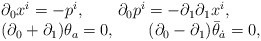
\begin{align*}\begin{array}{l} \partial_0x^i=-p^i, \qquad\partial_0p^i=-\partial_1\partial_1x^i,\\(\partial_0+\partial_1)\theta_a=0, \qquad(\partial_0-\partial_1)\bar\theta_{\dot a}=0,\end{array}\end{align*}